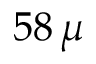
5 8 \, \mu